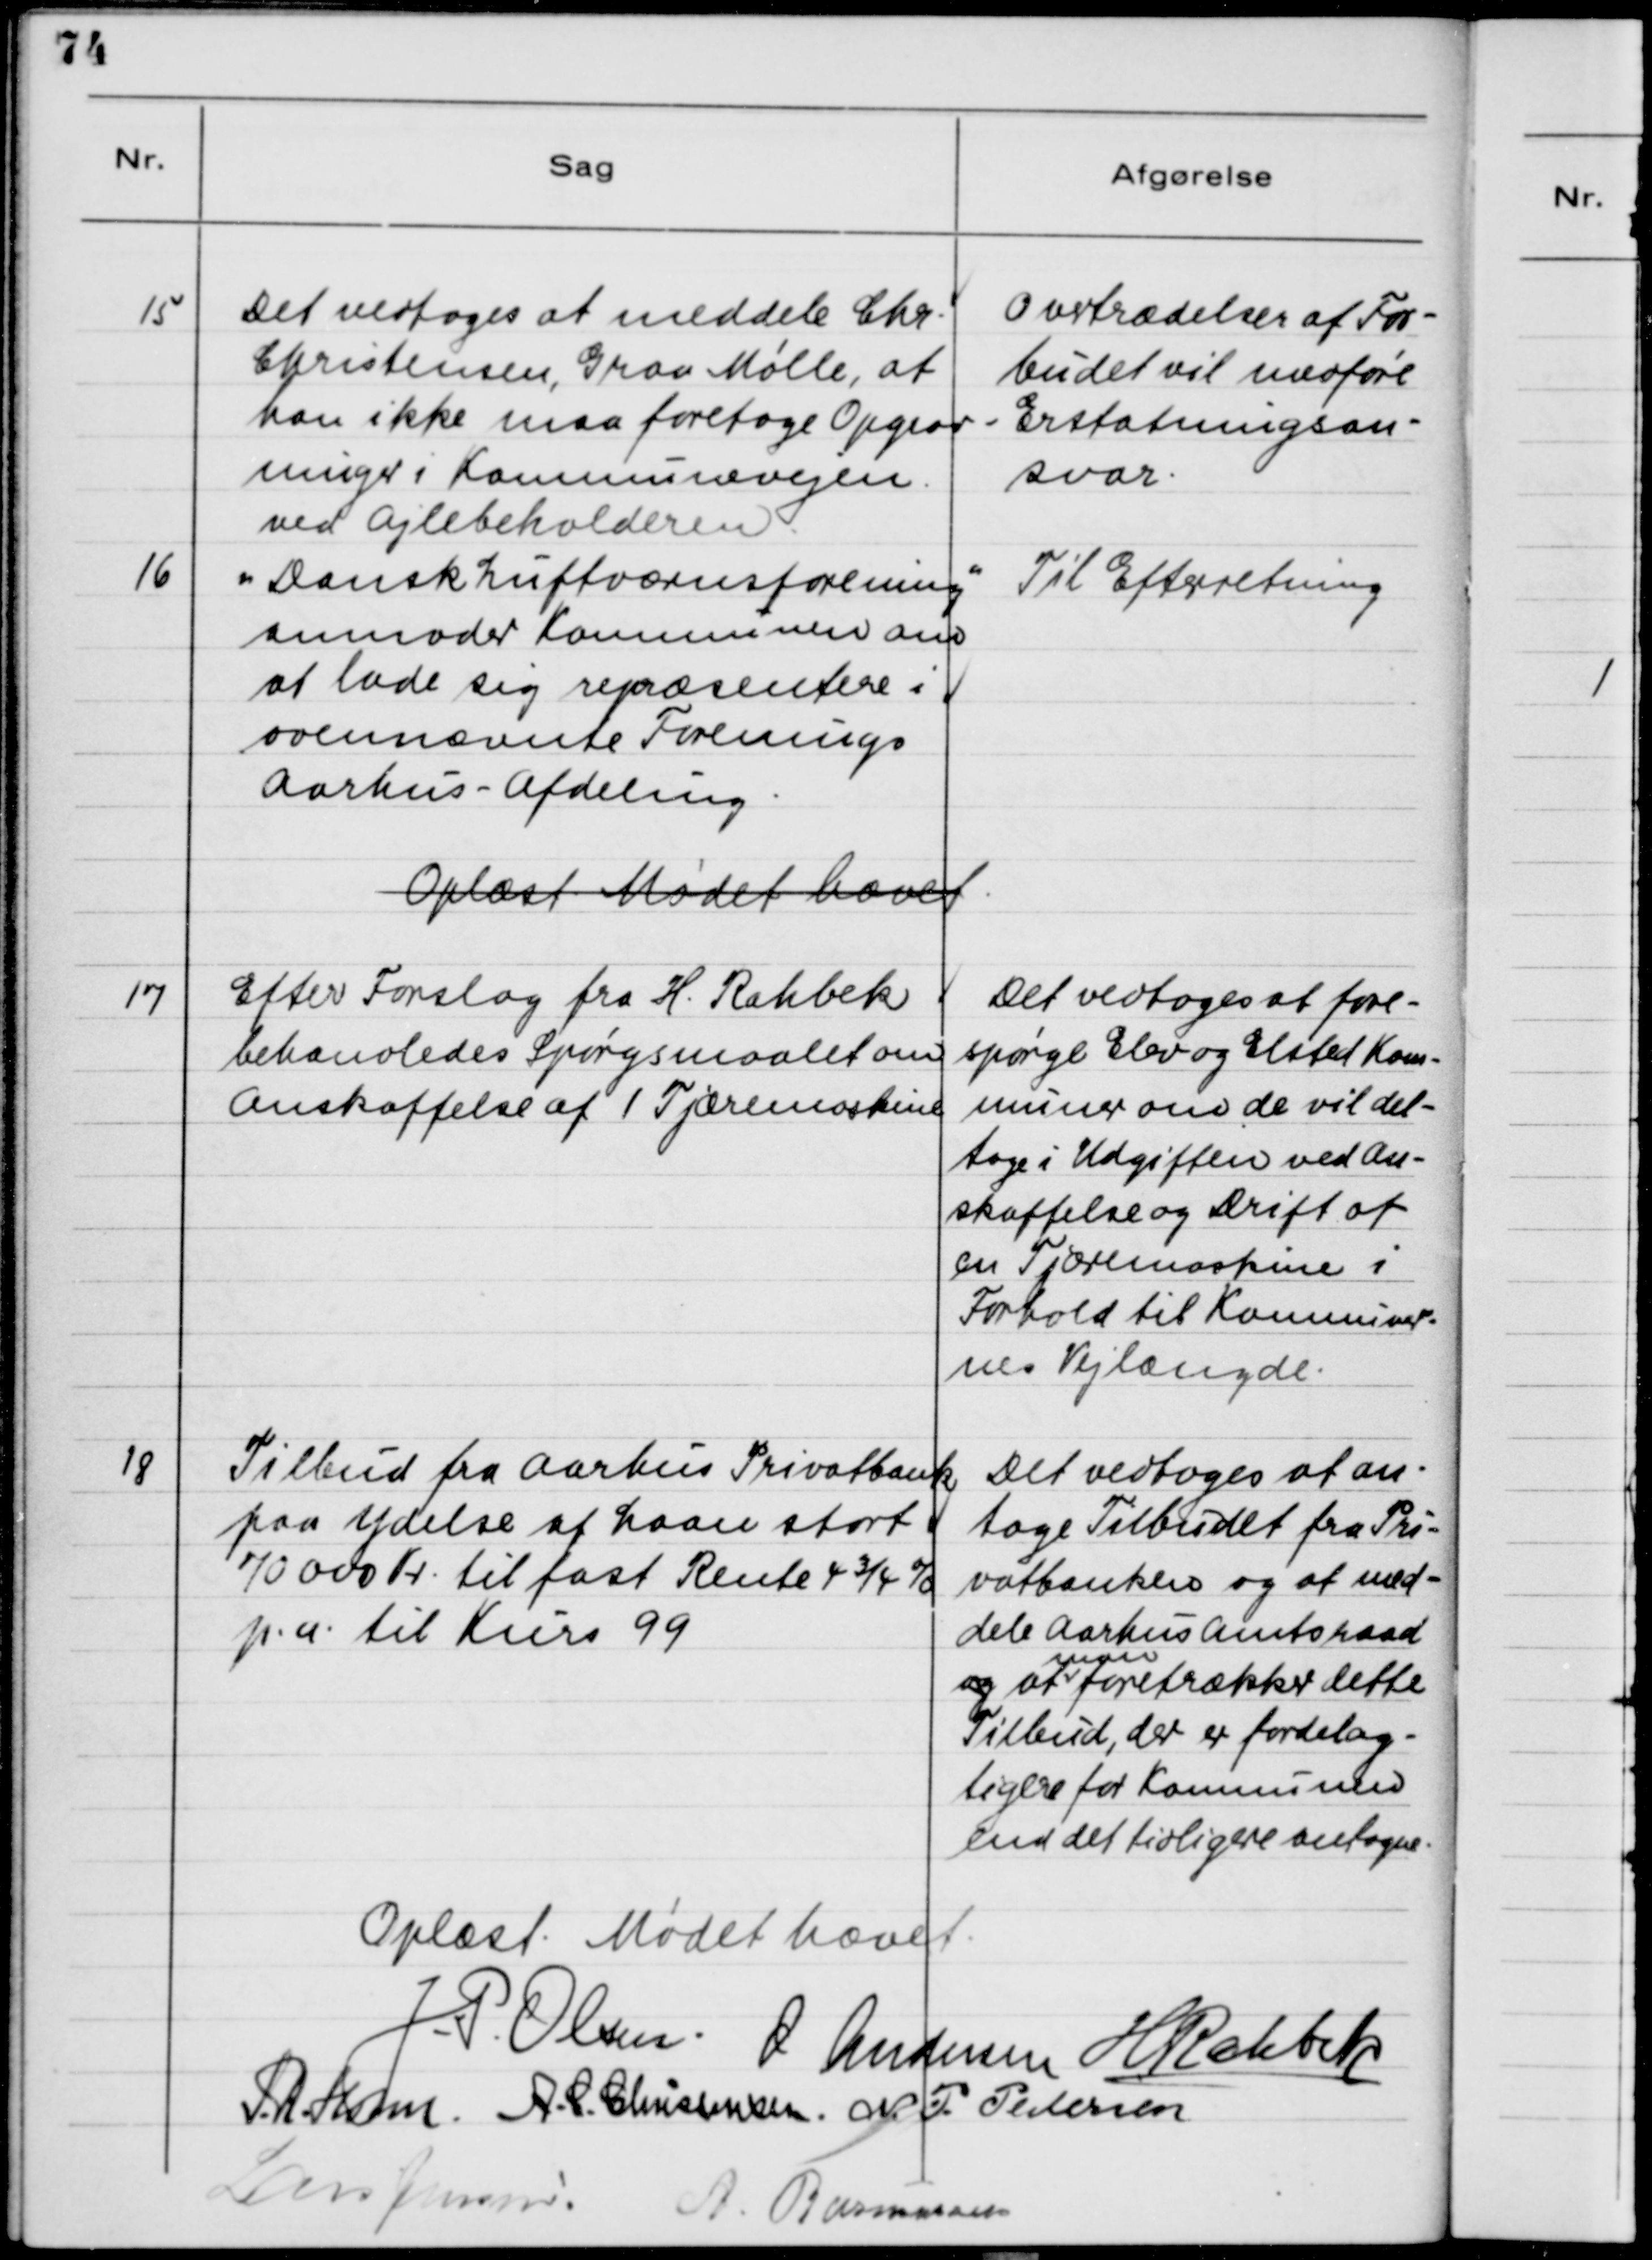
Transskription:
15

Det vedtoges at meddele Chr.
Christensen, Graa Mølle, at
han ikke maa foretage Opgrav-
ningen i Kommunevejen
ved Ajlebeholderen.

Overtrædelser af For-
budet vil medføre
Erstatningsan-
svar.

16

"Dansk Luftværnsforening"
anmoder Kommunen om
at lade sig repræsentere i
ovennævnte Forenings
Aarhus - Afdeling.

Til Efterretning

Oplæst. Mødet hævet.

17

Efter Forslag fra H. Rahbek
behandledes Spørgsmaalet om
Anskaffelse af 1 Tjæremaskine.

Det vedtoges at fore-
spørge Elev og Elsted Kom-
muner om de vil del-
tage i Udgiften ved An-
skaffelse og Drift af
en Tjæremaskine i
Forhold til Kommuner-
nes Vejlængde.

18

Tilbud fra Aarhus Privatbank 
paa Ydelse af Laan stort
70000 Kr. til fast Rente 4 3/4 % 
p.a. til Kurs 99.

Det vedtoges at an-
tage Tilbudet fra Pri-
vatbanken og at med-
dele Aarhus Amtsraad
og  at man foretrækker dette
Tilbud, der er fordelag-
tigere for Kommunen
end det tidligere antagne.

Oplæst. Mødet hævet.